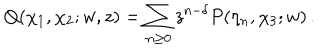
Q ( \chi _ { 1 } , \chi _ { 2 } ; w , z ) = \sum _ { n \geq 0 } z ^ { n - \delta } P ( \eta _ { n } , \chi _ { 3 } ; w ) \, .